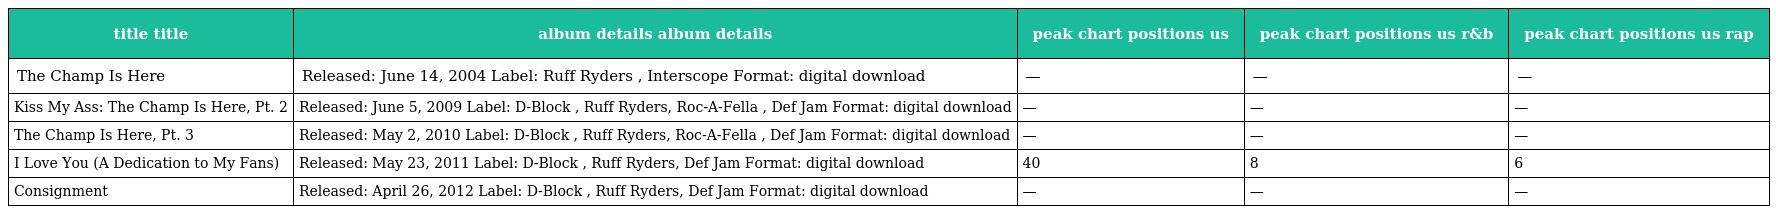
| title title | album details album details | peak chart positions us | peak chart positions us r&b | peak chart positions us rap |
 | --- | --- | --- | --- | --- |
 | The Champ Is Here | Released: June 14, 2004 Label: Ruff Ryders , Interscope Format: digital download | — | — | — |
 | Kiss My Ass: The Champ Is Here, Pt. 2 | Released: June 5, 2009 Label: D-Block , Ruff Ryders, Roc-A-Fella , Def Jam Format: digital download | — | — | — |
 | The Champ Is Here, Pt. 3 | Released: May 2, 2010 Label: D-Block , Ruff Ryders, Roc-A-Fella , Def Jam Format: digital download | — | — | — |
 | I Love You (A Dedication to My Fans) | Released: May 23, 2011 Label: D-Block , Ruff Ryders, Def Jam Format: digital download | 40 | 8 | 6 |
 | Consignment | Released: April 26, 2012 Label: D-Block , Ruff Ryders, Def Jam Format: digital download | — | — | — |